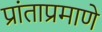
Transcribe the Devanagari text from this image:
प्रांताप्रमाणे